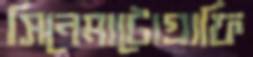
সিনেমাটোগ্রাফি